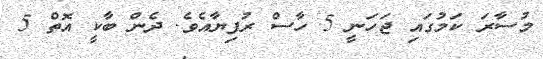
މުސާރަ ކަމުގައި ޖަހަނީ 5 ހާސް ރުފިޔާއެވެ. ދެން ބާކީ އޮތް 5